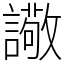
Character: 䜘